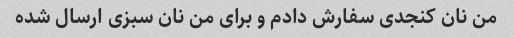
من نان کنجدی سفارش دادم و برای من نان سبزی ارسال شده